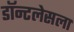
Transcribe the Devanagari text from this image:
डॉन्टलेसला